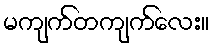
မကျက်တကျက်လေး။